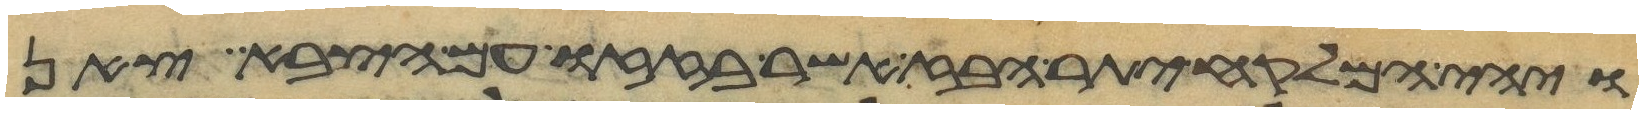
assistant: ויהי המלקח יתר הבז אשר בזזו עם הצבא צאן